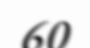
60